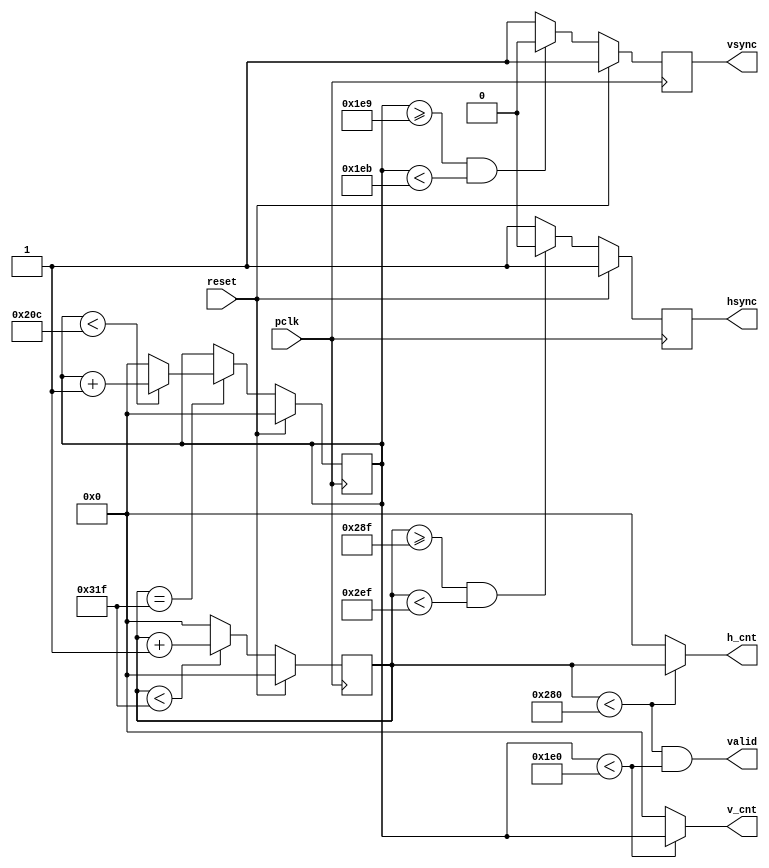
`timescale 1ns / 1ps
//////////////////////////////////////////////////////////////////////////////////
// Company: 
// Engineer: 
// 
// Design Name: 
// Module Name: vga
// Project Name: 
// Target Devices: 
// Tool Versions: 
// Description: 
// 
// Dependencies: 
// 
// Revision:
// Revision 0.01 - File Created
// Additional Comments:
// 
//////////////////////////////////////////////////////////////////////////////////


module vga( 
    input wire pclk,reset,
    output wire hsync,vsync,valid,
    output wire [9:0] h_cnt,
    output wire [9:0] v_cnt
);
    
reg [9:0] pixel_cnt;
reg [9:0] line_cnt;
reg hsync_i,vsync_i;
wire hsync_default, vsync_default;
wire [9:0] HD, HF, HS, HB, HT, VD, VF, VS, VB, VT;

assign HD = 640;
assign HF = 16;
assign HS = 96;
assign HB = 48;
assign HT = 800; 
assign VD = 480;
assign VF = 10;
assign VS = 2;
assign VB = 33;
assign VT = 525;
assign hsync_default = 1'b1;
assign vsync_default = 1'b1;
     
always@(posedge pclk)
if(reset)
    pixel_cnt <= 0;
else if(pixel_cnt < (HT - 1))
    pixel_cnt <= pixel_cnt + 1;
else
    pixel_cnt <= 0;

always@(posedge pclk)
if(reset)
    hsync_i <= hsync_default;
else if((pixel_cnt >= (HD + HF - 1))&&(pixel_cnt < (HD + HF + HS - 1)))
    hsync_i <= ~hsync_default;
else
    hsync_i <= hsync_default; 
    
always@(posedge pclk)
if(reset)
    line_cnt <= 0;
else if(pixel_cnt == (HT -1))
    if(line_cnt < (VT - 1))
        line_cnt <= line_cnt + 1;
    else
        line_cnt <= 0;
                    
always@(posedge pclk)
if(reset)
    vsync_i <= vsync_default; 
else if((line_cnt >= (VD + VF - 1))&&(line_cnt < (VD + VF + VS - 1)))
    vsync_i <= ~vsync_default; 
else
    vsync_i <= vsync_default; 
                    
assign hsync = hsync_i;
assign vsync = vsync_i;
assign valid = ((pixel_cnt < HD) && (line_cnt < VD));
    
assign h_cnt = (pixel_cnt < HD) ? pixel_cnt:10'd0;
assign v_cnt = (line_cnt < VD) ? line_cnt:10'd0;
           
endmodule